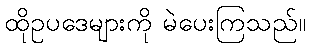
ထိုဥပဒေများကို မဲပေးကြသည်။